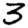
Digit: 3